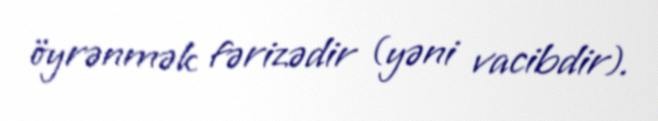
öyrənmək fərizədir (yəni vacibdir).